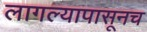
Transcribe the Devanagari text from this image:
लागल्यापासूनच